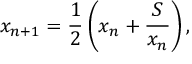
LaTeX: x _ { n + 1 } = { \frac { 1 } { 2 } } \left( x _ { n } + { \frac { S } { x _ { n } } } \right) ,